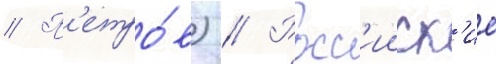
// П'етро́в) // Росс'ииск'ие